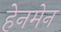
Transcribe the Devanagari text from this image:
हेनमेन